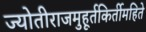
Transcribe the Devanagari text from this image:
ज्योतीराजमुहूर्तकिर्तीमहिते